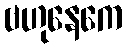
ဗဟုနေကေ